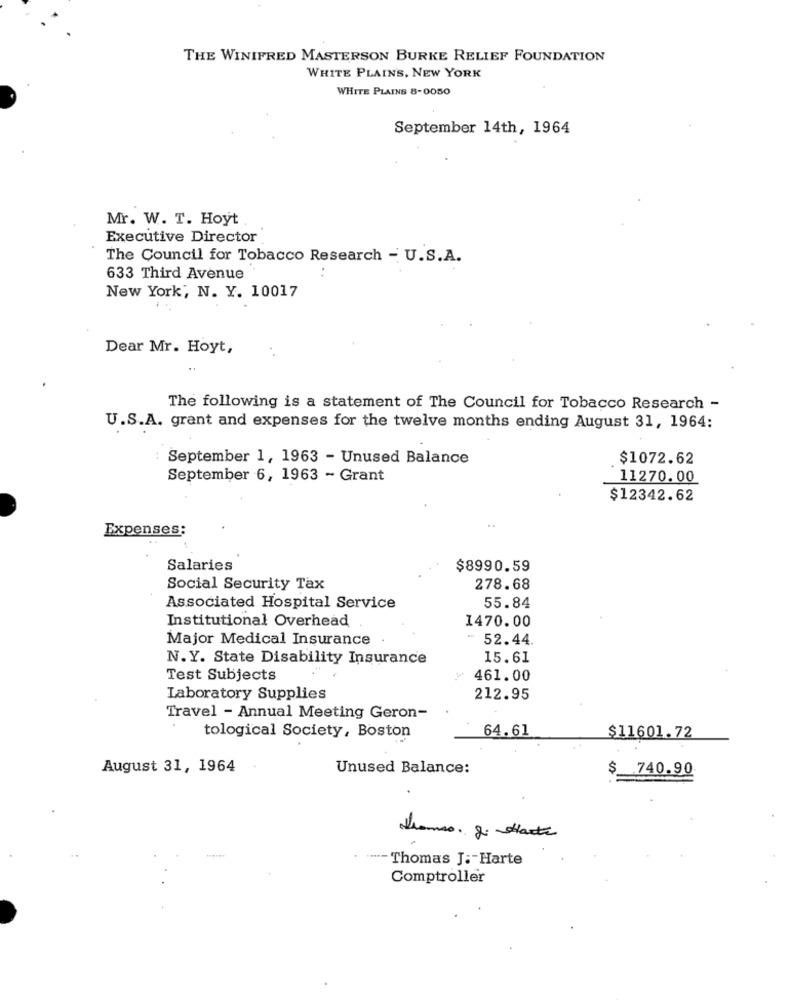
THE WINIFRED MASTERSON BURKE RELIEF FOUNDATION
WHITE PLAINS, NEW YORK
WHITE PLAINS 8-0050
September 14th, 1964
Mr. W. T. Hoyt
Executive Director
The Council for Tobacco Research - U.S.A.
..
633 Third Avenue
New York, N. Y. 10017
Dear Mr. Hoyt,
. .
The following is a statement of The Council for Tobacco Research -
U.S.A. grant and expenses for the twelve months ending August 31, 1964:
September 1, 1963 - Unused Balance
$1072.62
September 6, 1963 - Grant
11270.00
$12342.62
Expenses:
Salaries
$8990.59
Social Security Tax
278.68
Associated Hospital Service
55.84
Institutional Overhead
1470.00
Major Medical Insurance
- 52.44.
N.Y. State Disability Insurance
15.61
Test Subjects
461.00
Laboratory Supplies
212.95
Travel - Annual Meeting Geron-
64.61
tological Society, Boston
$11601.72
August 31, 1964
Unused Balance:
$
.740.90
tromso. J. Hasta
.- Thomas J. - Harte
Comptroller